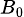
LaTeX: \scriptstyle B_{0}